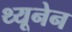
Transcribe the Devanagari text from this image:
थ्यूनेन